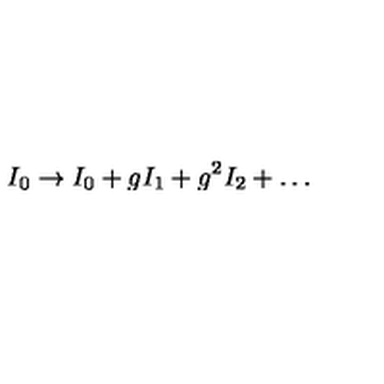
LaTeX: I _ { 0 } \rightarrow I _ { 0 } + g I _ { 1 } + g ^ { 2 } I _ { 2 } + \dots